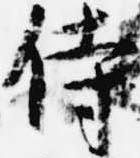
侍